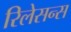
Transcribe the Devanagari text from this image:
रिलेसन्स